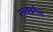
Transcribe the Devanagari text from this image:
लायब्ररीत